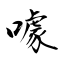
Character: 噱